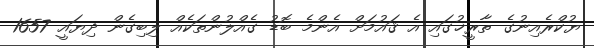
ޔުކްރެއިނުގެ ތާރީޚުގައި އެ ޤައުމަށް އެންމެ ބޮޑު ގެއްލުންތަކެއް ލިބިގެން ދިޔައީ 1657